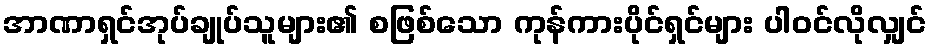
အာဏာရှင်အုပ်ချုပ်သူများ၏ စဖြစ်သော ကုန်ကားပိုင်ရှင်များ ပါဝင်လိုလျှင်